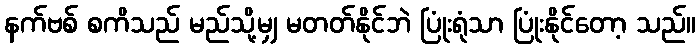
နက်ဗစ် စကိသည် မည်သို့မျှ မတတ်နိုင်ဘဲ ပြုံးရုံသာ ပြုံးနိုင်တော့ သည်။